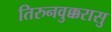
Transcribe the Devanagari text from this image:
तिरुनवुक्करासु